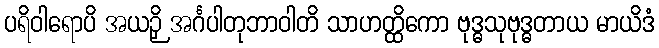
ပရိဝါရောပိ အယဉှိ အင်္ဂပါတုဘာဝါတိ သာဟတ္ထိကော ဗုဒ္ဓသုဗုဒ္ဓတာယ မာယိဒံ